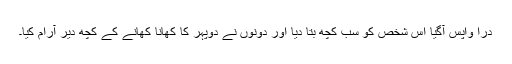
دراؔ واپس آگیا اس شخص کو سب کچھ بتا دیا اور دونوں نے دوپہر کا کھانا کھانے کے کچھ دیر آرام کیا۔